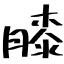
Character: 膝